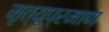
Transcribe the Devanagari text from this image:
मृत्यूप्रमाण